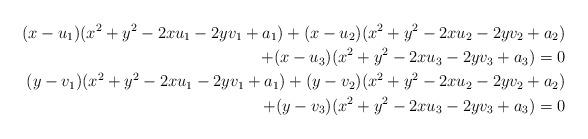
LaTeX: \begin{align*}(x-u_1)(x^2+y^2-2xu_1-2yv_1+a_1)+(x-u_2)(x^2+y^2-2xu_2-2yv_2+a_2) \\+(x-u_3)(x^2+y^2-2xu_3-2yv_3+a_3)=0 \\(y-v_1)(x^2+y^2-2xu_1-2yv_1+a_1)+(y-v_2)(x^2+y^2-2xu_2-2yv_2+a_2) \\+(y-v_3)(x^2+y^2-2xu_3-2yv_3+a_3)=0 \end{align*}